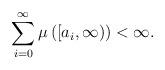
LaTeX: \begin{align*}\sum\limits _{i=0} ^{\infty} \mu\left( \left[a_i,\infty \right) \right) < \infty.\end{align*}